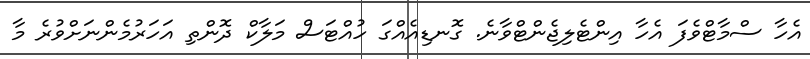
އެހާ ސްމާޓްވެފަ އެހާ އިންޓެލިޖެންޓްވާނެ. ގޮނޑިއެއްގަ ހުއްޓަސް މަލާކް ދޮންތި އަހަރުމެންނަށްވުރެ މާ